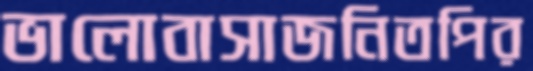
ভালোবাসাজনিতপির